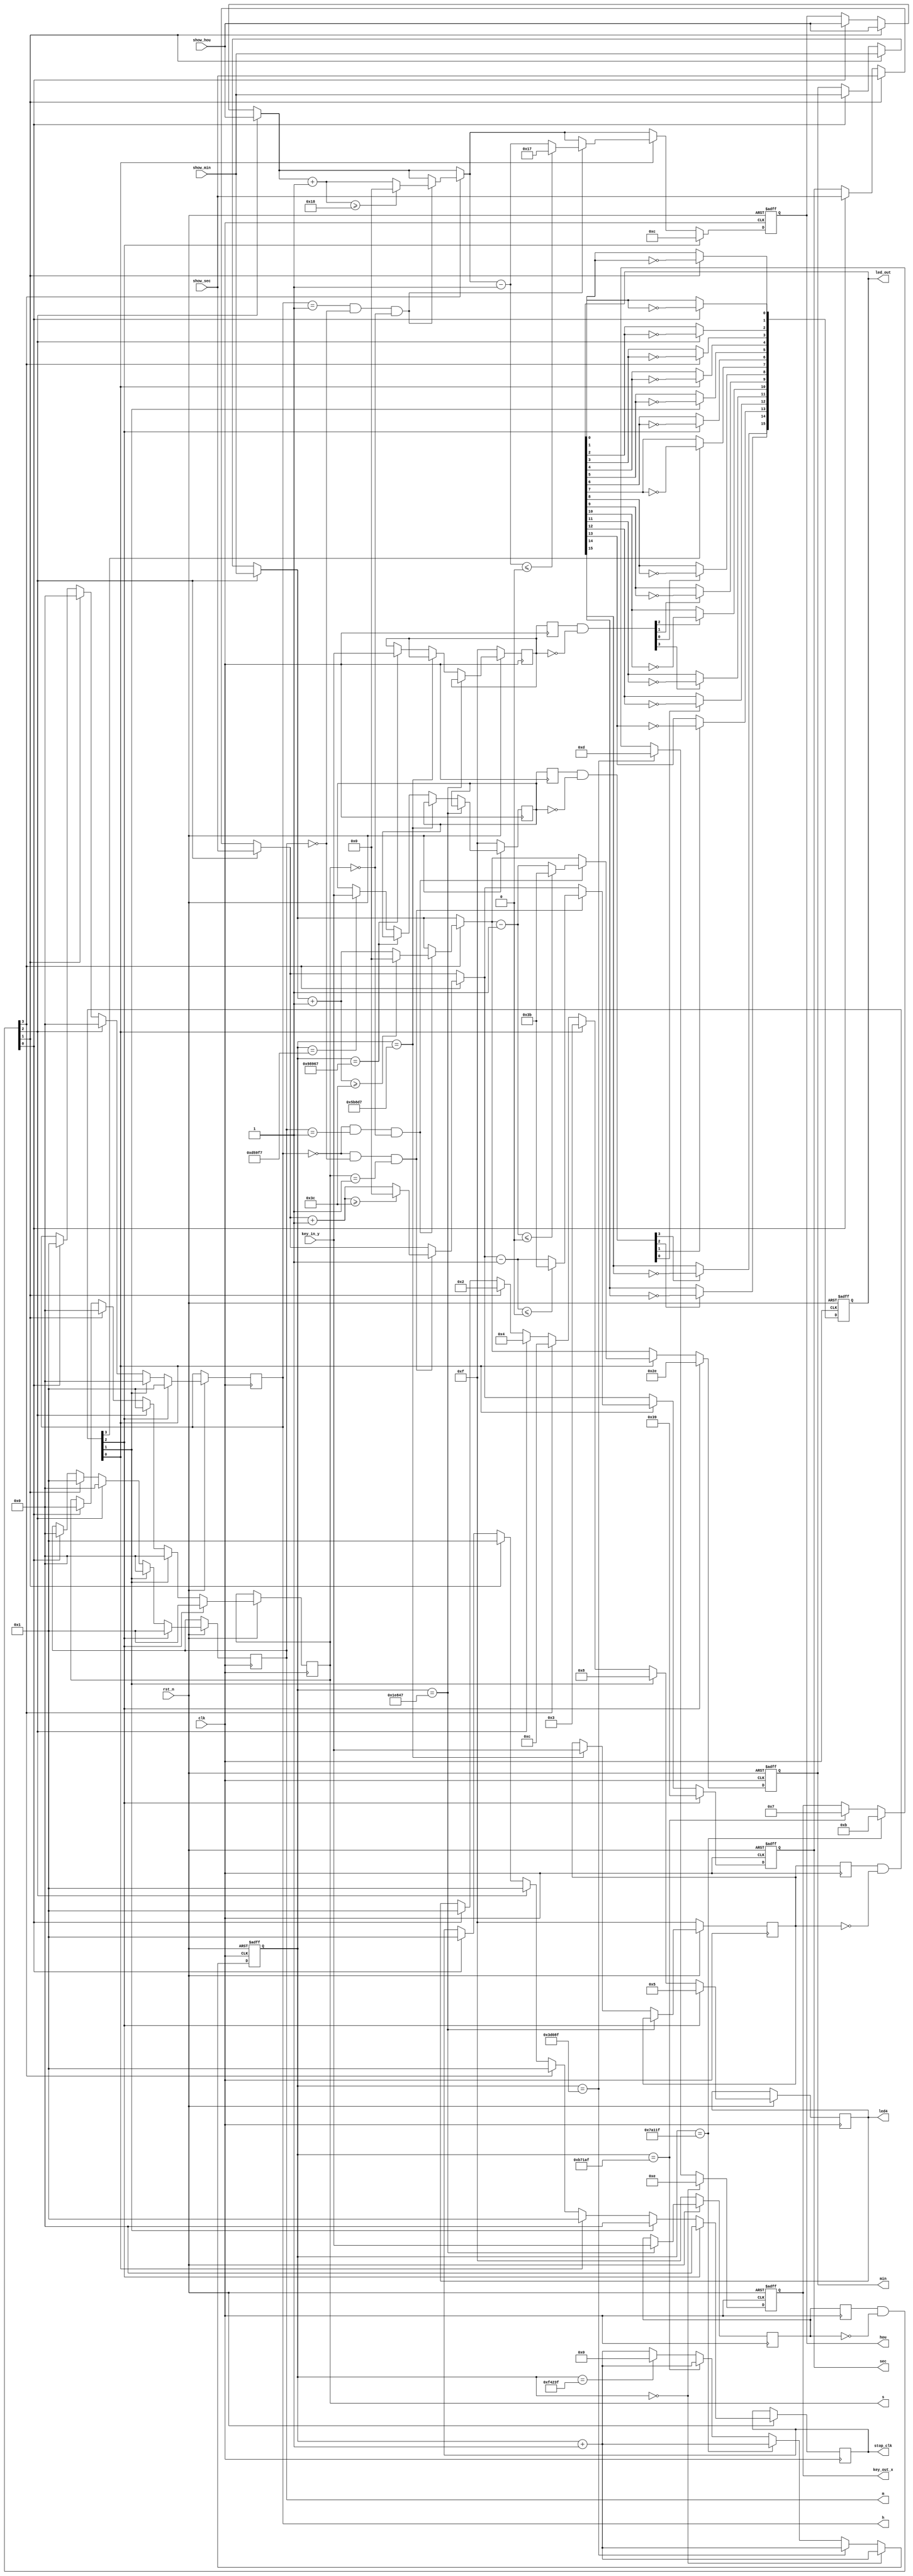
//======================================================
// Module name: key4x4_test.v
// : K1~K164, ,LED
//======================================================
`timescale 1ns / 1ps
module key_scan  (
							clk,  							// : 50Mhz
							rst_n,            // 
							key_in_y,         // (KEY0~KEY3)
							key_out_x,        // (KEY4~KEY7)	  
							led_out,          // LED,16LED(LED1~LED16)							
							show_hou,         //
							show_min,         //
							show_sec,         //
							stop_clk,
							h,m,s,            //
							hou,              //
							min,              //
							sec,              //
							led4
						);
						
					
//========================================================
// PORT declarations
//========================================================						
input        clk; 
input        rst_n;
input  [3:0] key_in_y;
input [5:0] show_hou,show_min,show_sec;
output reg [3:0] key_out_x;

output [15:0] led_out;
output reg[3:0] stop_clk = 0,h,m,s,led4 = 4'b0000;
output reg[5:0] hou ,min ,sec;

//
reg [19:0] count;

//==============================================
// 20ms,
//==============================================
always @(posedge clk or negedge rst_n)     //
begin
   if(!rst_n) begin               //
      count <= 20'd0;        //0
      key_out_x <= 4'b1111;  
   end		
   else begin
	       if(count == 20'd0)           //0ms
            begin
               key_out_x <= 4'b1110;   //,0
					count <= count + 20'b1; //1
            end
         else if(count == 20'd249_999) //5ms,5ms(50M/200-1=249_999)
            begin
               key_out_x <= 4'b1101;   //,0
					count <= count + 20'b1; //1
            end				
			else if(count ==20'd499_999)   //10ms,10ms(50M/100-1=499_999)
            begin
               key_out_x <= 4'b1011;   //,0
					count <= count + 20'b1; //1
            end	
			else if(count ==20'd749_999)   //15ms,15ms(50M/67.7-1=749_999)
            begin
               key_out_x <= 4'b0111;   //,0
					count <= count + 20'b1; //1
            end				
         else if(count ==20'd999_999)  //20ms(50M/50-1=999_999)
			   begin
               count <= 0;             //0
            end	
	      else
				count <= count + 20'b1;    //1
			
     end
end
//====================================================
// 
//====================================================
reg [3:0] key_h1_scan;    //KEY
reg [3:0] key_h1_scan_r;  //KEY
reg [3:0] key_h2_scan;    //KEY
reg [3:0] key_h2_scan_r;  //KEY
reg [3:0] key_h3_scan;    //KEY
reg [3:0] key_h3_scan_r;  //KEY
reg [3:0] key_h4_scan;    //KEY
reg [3:0] key_h4_scan_r;  //KEY
always @(posedge clk)
	begin
		if(!rst_n) begin               //
			key_h1_scan <= 4'b1111;     
			key_h2_scan <= 4'b1111;          
			key_h3_scan <= 4'b1111;          
			key_h4_scan <= 4'b1111;        
		end		
		else begin
		  if(count == 20'd124_999)           //2.5ms
			   key_h1_scan<=key_in_y;         //
		  else if(count == 20'd374_999)      //7.5ms
			   key_h2_scan<=key_in_y;         //
		  else if(count == 20'd624_999)      //12.5ms
			   key_h3_scan<=key_in_y;         //
		  else if(count == 20'd874_999)      //17.5ms
			   key_h4_scan<=key_in_y;         // 
		end
end

//====================================================
// 
//====================================================
always @(posedge clk)
   begin
		 key_h1_scan_r <= key_h1_scan;   	
		 key_h2_scan_r <= key_h2_scan; 
		 key_h3_scan_r <= key_h3_scan; 
		 key_h4_scan_r <= key_h4_scan;  
	end 
   
wire [3:0] flag_h1_key = key_h1_scan_r[3:0] & (~key_h1_scan[3:0]);  // 
wire [3:0] flag_h2_key = key_h2_scan_r[3:0] & (~key_h2_scan[3:0]);  // 
wire [3:0] flag_h3_key = key_h3_scan_r[3:0] & (~key_h3_scan[3:0]);  // 
wire [3:0] flag_h4_key = key_h4_scan_r[3:0] & (~key_h4_scan[3:0]);  // 

//=====================================================
// LED,,LED
//=====================================================
reg [15:0] temp_led;
always @ (posedge clk or negedge rst_n)      //
begin
    if (!rst_n)begin                 //
         temp_led <= 16'd0;     //LED, LED
			hou = 12;
			min = 46;
			sec = 57;
		end
    else
         begin 
             if ( flag_h1_key[0] ) begin 
					temp_led[0] <= ~temp_led[0];
					led4 = 4'b0001;
					stop_clk <= 1;
					h<=1;
					m<=0;
					s<=0;
					hou = show_hou;
					min = show_min;
					sec = show_sec;
					 
				 end   //KEY1LED1
             if ( flag_h1_key[1] ) begin
					temp_led[1] <= ~temp_led[1]; 
					led4 = 4'b0010;
					stop_clk <= 1;
					h<=0;
					m<=1;
					s<=0;
					hou = show_hou;
					min = show_min;
					sec = show_sec;
					 
				 end  //KEY2LED2
             if ( flag_h1_key[2] ) begin 
					temp_led[2] <= ~temp_led[2];
					led4 = 4'b0100;
					stop_clk <= 1;
					h<=0;
					m<=0;
					s<=1;
					hou = show_hou;
					min = show_min;
					sec = show_sec;
					 
				 end //KEY3LED3
             if ( flag_h1_key[3] ) begin 
					temp_led[3] <= ~temp_led[3];
					led4 = 4'b1100;
					stop_clk <= 1;
					if(h==1&&m==0&&s==0) begin hou = hou + 1;if (hou >= 24) hou = 0;end
					if(h==0&&m==1&&s==0) begin min = min + 1;if (min >= 60) min = 0;end
					if(h==0&&m==0&&s==1) begin sec = sec + 1;if (sec >= 60) sec = 0;end
					
				 end  //KEY4LED4
				 if ( flag_h2_key[0] ) begin
					temp_led[4] <= ~temp_led[4];
					led4 = 4'b0011;
					stop_clk <= 1;
					
					if(h==1&&m==0&&s==0) begin hou = hou - 1; if (hou <= 0) hou = 23;end
					if(h==0&&m==1&&s==0) begin min = min - 1; if (min <= 0) min = 59;end
					if(h==0&&m==0&&s==1) begin sec = sec - 1; if (sec <= 0) sec = 59;end
					
				 end  //KEY5LED5
             if ( flag_h2_key[1] ) begin
					temp_led[5] <= ~temp_led[5]; 
					led4 = 4'b1000;
					stop_clk <= 0;
					h<=0;
					m<=0;
					s<=0;
				 end  //KEY6LED6
             if ( flag_h2_key[2] ) begin 
					temp_led[6] <= ~temp_led[6]; 	
					hou = 12;
					min = 46;
					sec = 57;
					h<=1;
					m<=1;
					s<=1;
					stop_clk <= 0;
					led4 = 4'b0101;
				 end  //KEY7LED7
             if ( flag_h2_key[3] ) temp_led[7] <= ~temp_led[7];   //KEY8LED8
				 if ( flag_h3_key[0] ) temp_led[8] <= ~temp_led[8];   //KEY9LED9
             if ( flag_h3_key[1] ) temp_led[9] <= ~temp_led[9];   //KEY10LED10
             if ( flag_h3_key[2] ) temp_led[10] <= ~temp_led[10];   //KEY11LED11
             if ( flag_h3_key[3] ) temp_led[11] <= ~temp_led[11];   //KEY12LED12
				 if ( flag_h4_key[0] ) temp_led[12] <= ~temp_led[12];   //KEY13LED13
             if ( flag_h4_key[1] ) temp_led[13] <= ~temp_led[13];   //KEY14LED14
             if ( flag_h4_key[2] ) temp_led[14] <= ~temp_led[14];   //KEY15LED15
				 if ( flag_h4_key[3] ) temp_led[15] <= ~temp_led[15];   //KEY16LED16
         end
end

 assign led_out = temp_led;

endmodule